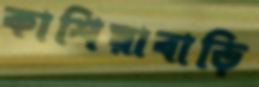
কাশিয়াবাড়ি